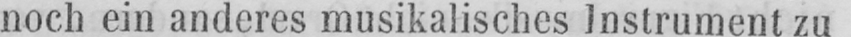
noch ein anderes musikalisches Instrument zu